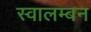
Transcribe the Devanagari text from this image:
स्वालम्बन